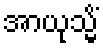
အာယုသ္မိံ